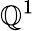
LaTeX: \mathbb{Q}^{1}